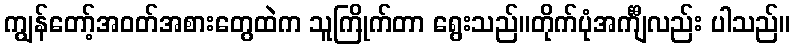
ကျွန်တော့်အဝတ်အစားတွေထဲက သူကြိုက်တာ ရွေးသည်။တိုက်ပုံအင်္ကျီလည်း ပါသည်။